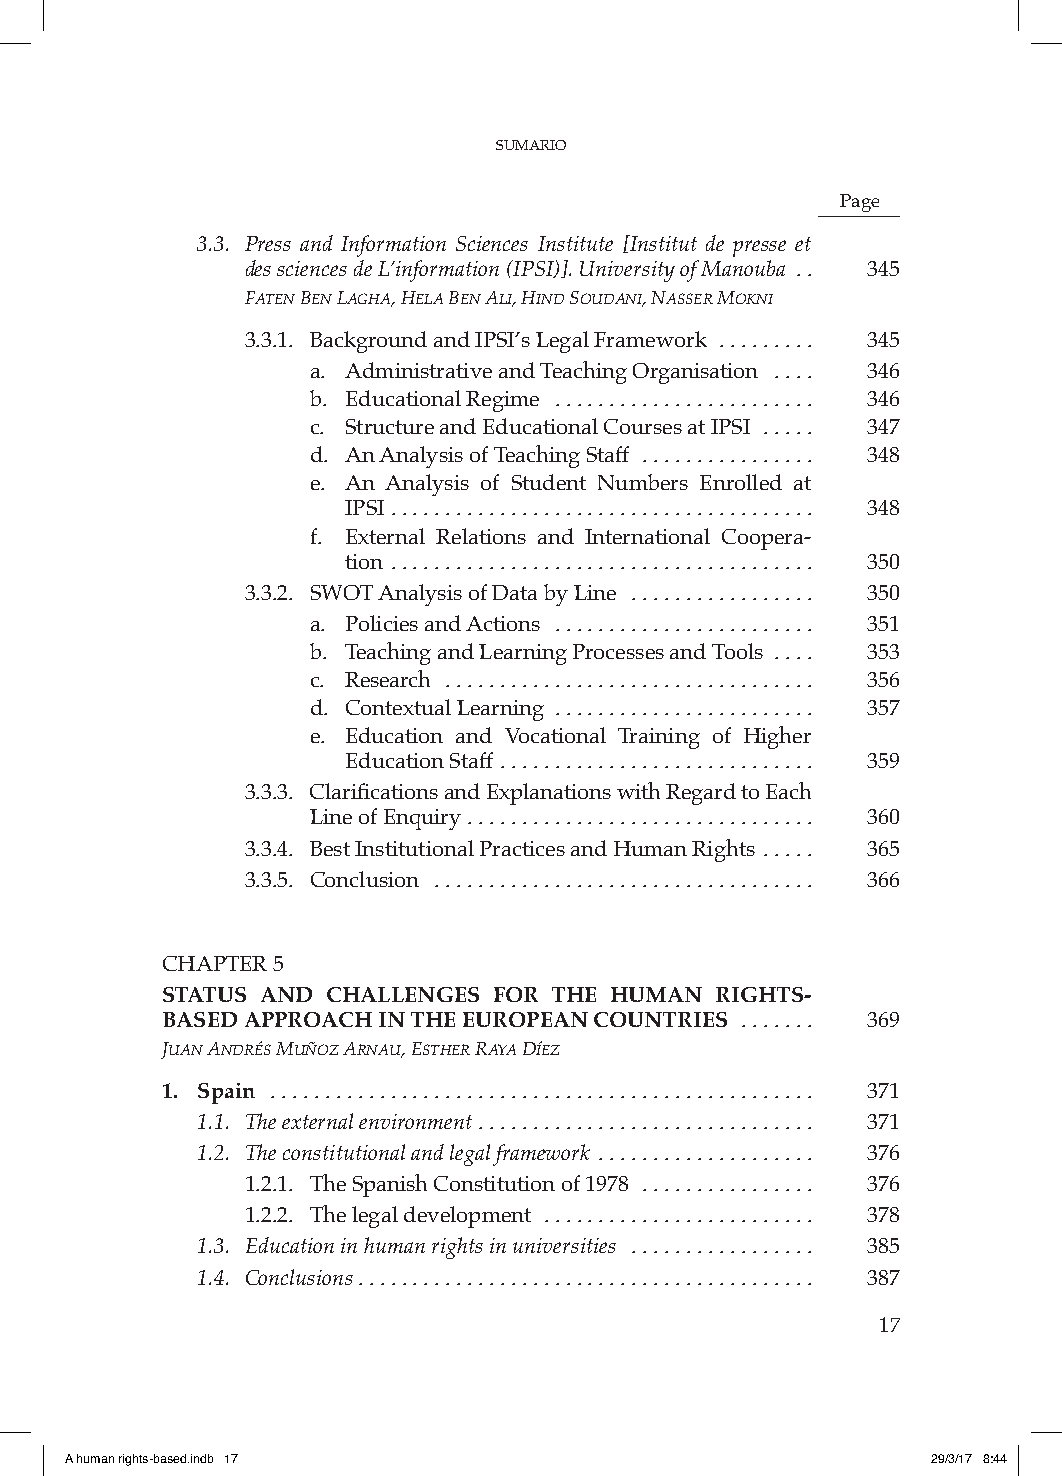
SUMARIO
 Page
 3.3. Press and Information Sciences Institute [Institut de presse et
 des sciences de L’information (IPSI)]. University of Manouba .. 345
 FatEn bEn lagha, hEla bEn ali, hinD souDani, nassEr Mokni
 3.3.1. Background and IPSI’s Legal Framework ......... 345
 a. Administrative and Teaching Organisation .... 346
 b. Educational Regime ........................ 346
 c. Structure and Educational Courses at IPSI ..... 347
 d. An Analysis of Teaching Staff ................ 348
 e. An Analysis of Student Numbers Enrolled at
 IPSI ....................................... 348
 f. External Relations and International Coopera-
 tion ....................................... 350
 3.3.2. SWOT Analysis of Data by Line ................. 350
 a. Policies and Actions ........................ 351
 b. Teaching and Learning Processes and Tools .... 353
 c. Research .................................. 356
 d. Contextual Learning ........................ 357
 e. Education and Vocational Training of Higher
 Education Staff ............................. 359
 3.3.3. Clarifications and Explanations with Regard to Each
 Line of Enquiry ................................ 360
 3.3.4. Best Institutional Practices and Human Rights ..... 365
 3.3.5. Conclusion ................................... 366
 CHAPTER 5
 STATUS AND CHALLENGES FOR THE HUMAN RIGHTS-
 BASED APPROACH IN THE EUROPEAN COUNTRIES ....... 369
 juan anDrés Muñoz arnau, EsthEr raya DíEz
 1. Spain .................................................. 371
 1.1. The external environment ............................... 371
 1.2. The constitutional and legal framework .................... 376
 1.2.1. The Spanish Constitution of 1978 ................ 376
 1.2.2. The legal development ......................... 378
 1.3. Education in human rights in universities ................. 385
 1.4. Conclusions .......................................... 387
 sigue >>
 17
 A human rights-based.indb 17                              29/3/17 8:44